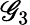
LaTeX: \mathscr{G}_{3}